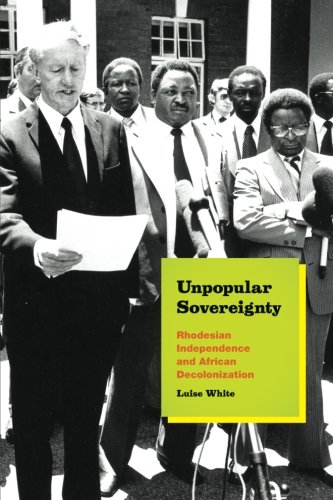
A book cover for Unpopular Sovereignty: Rhodesian Independence and African Decolonization; Luise White; History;